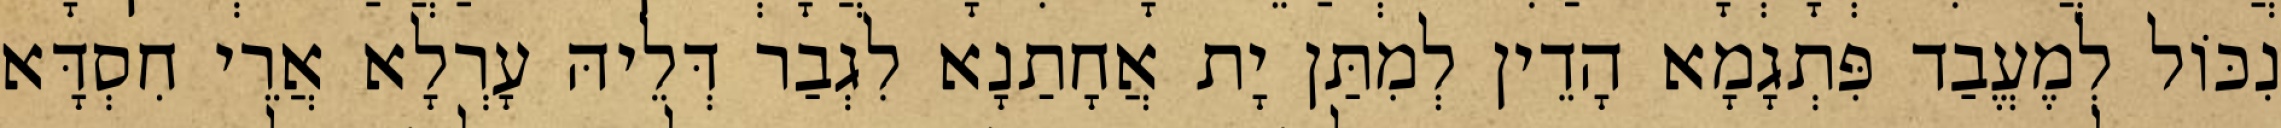
נִכּוֹל לְמֶעֱבַד פִּתְגָמָא הָדֵין לְמִתַּן יָת אֲחָתַנָא לִגְבַר דְּלֵיהּ עָרְלָא אֲרֵי חִסְדָּא